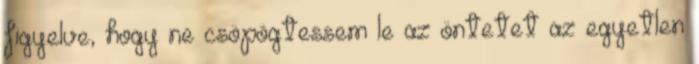
figyelve, hogy ne csöpögtessem le az öntetet az egyetlen